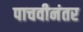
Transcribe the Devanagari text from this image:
पाचवीनंतर